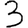
Digit: 3